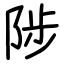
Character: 陟